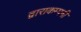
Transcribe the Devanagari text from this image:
द्वाराकम्‍पनी